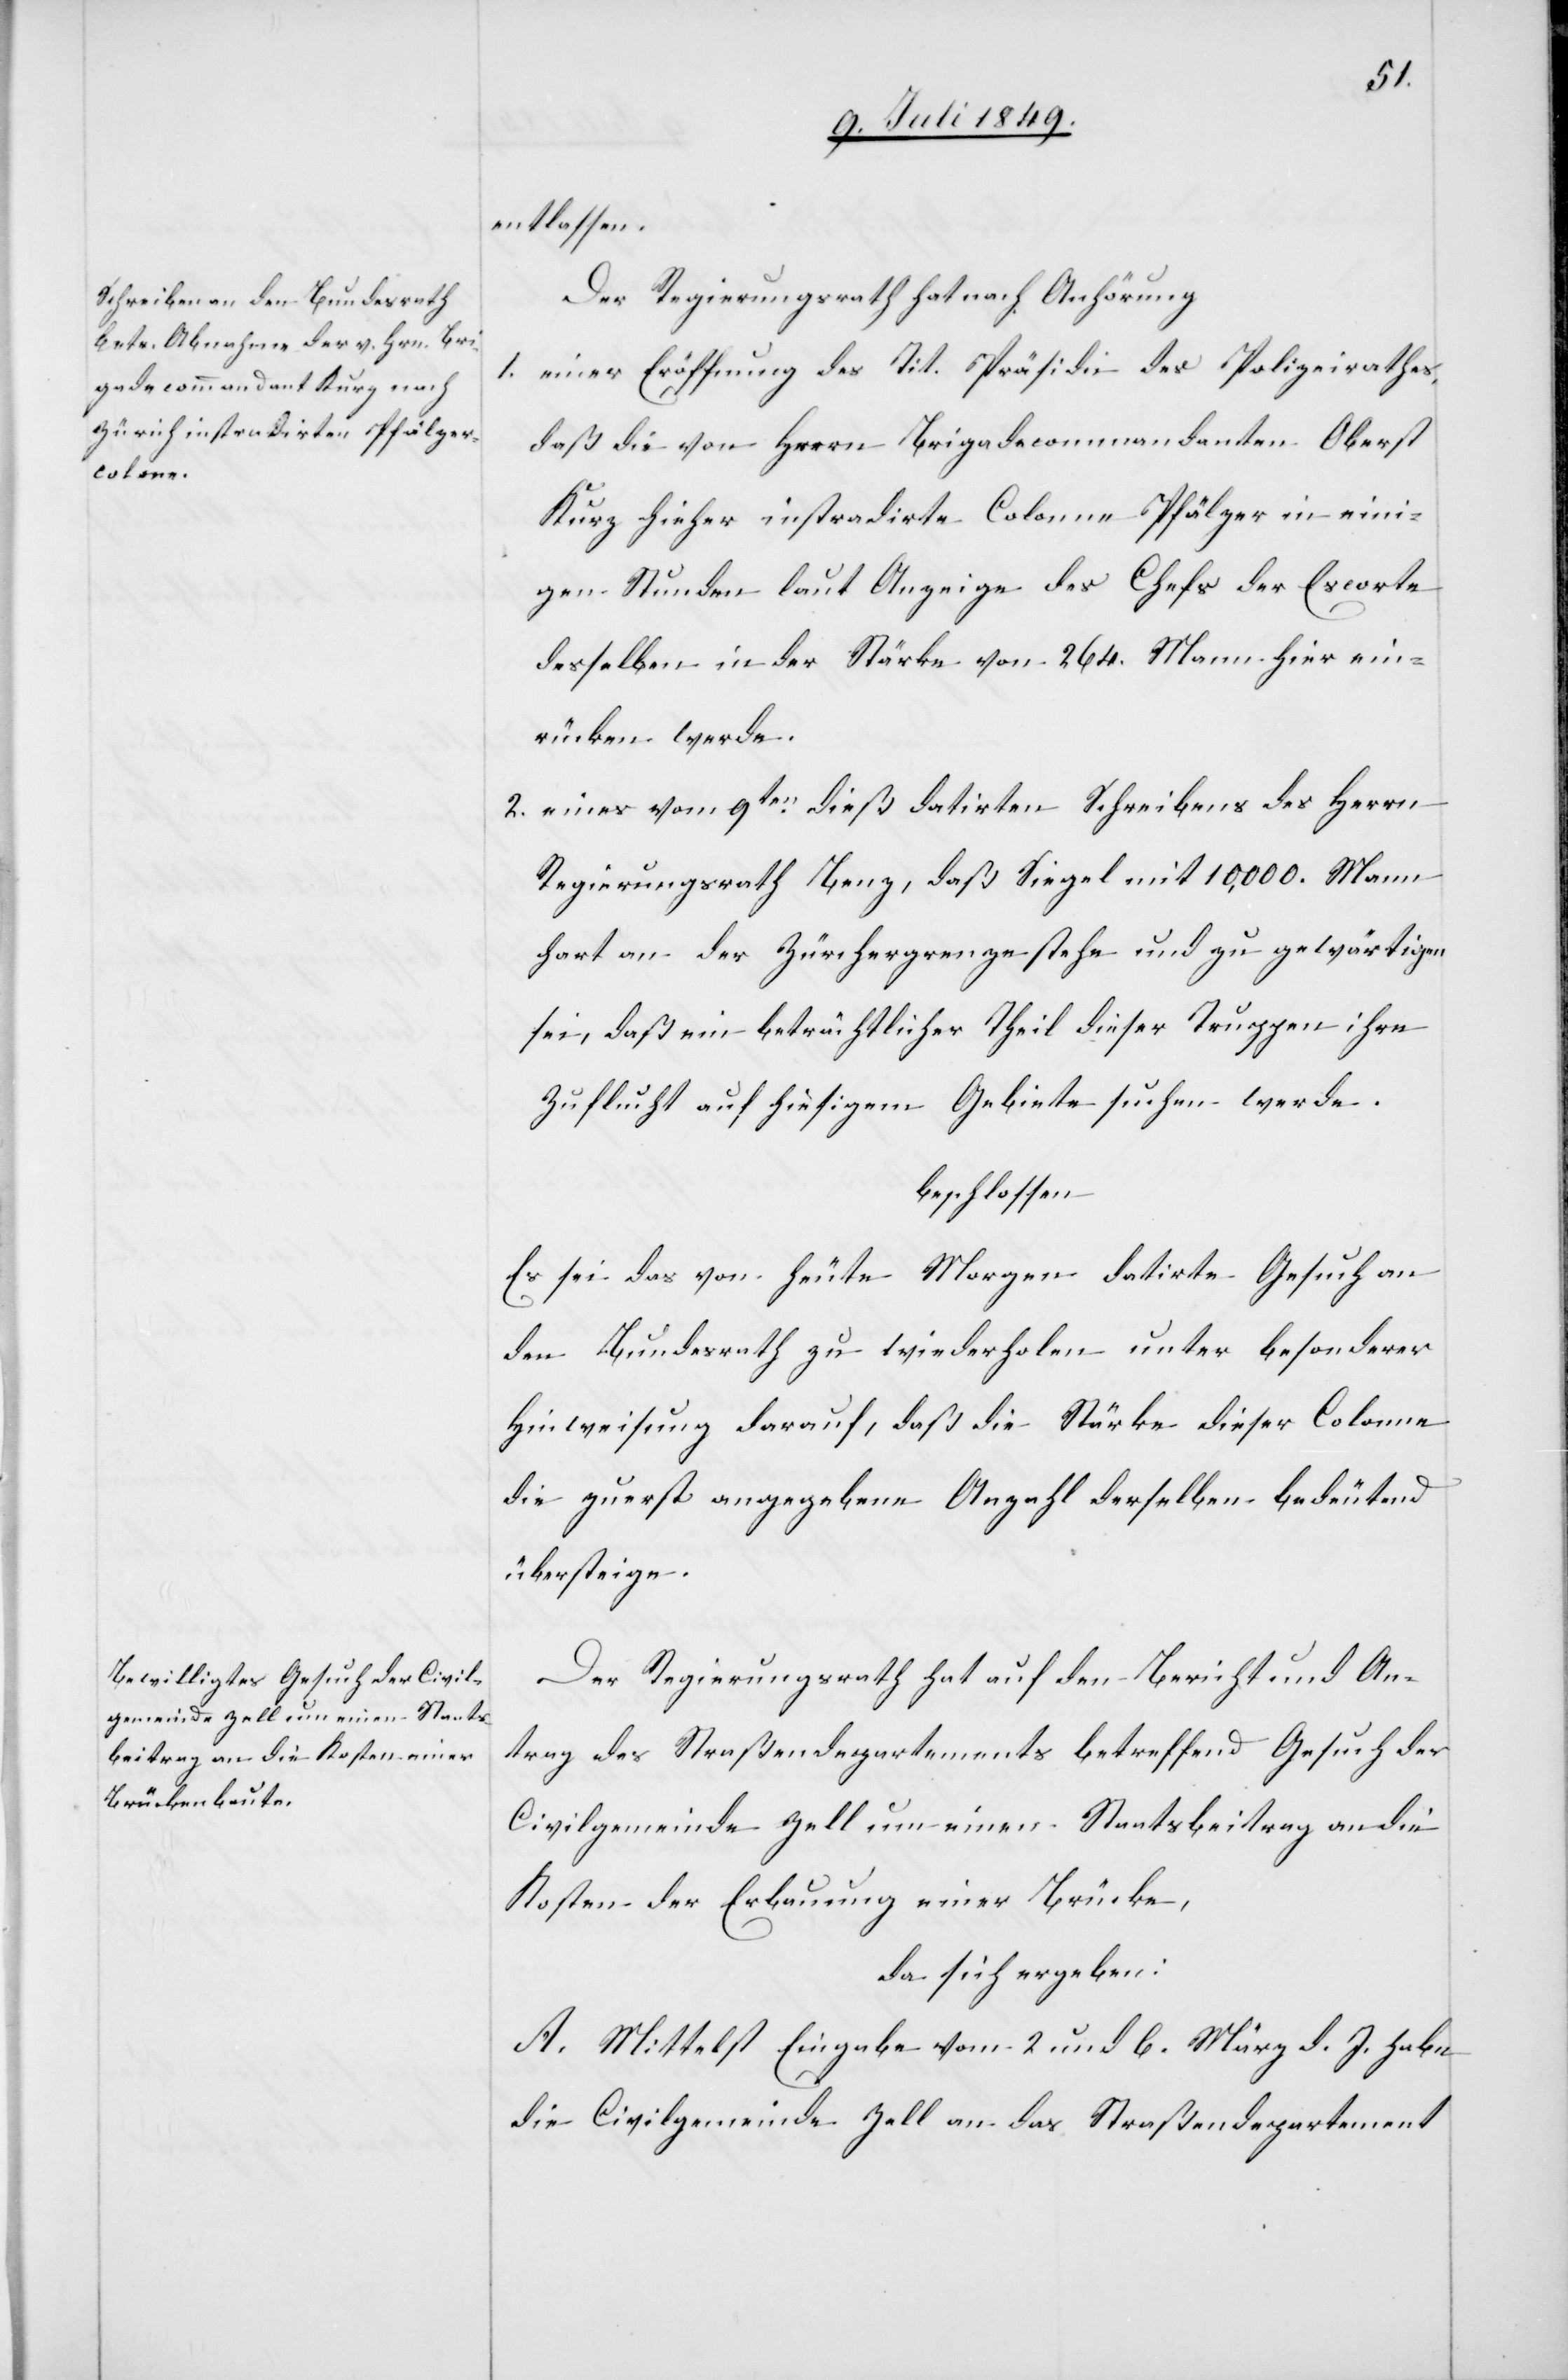
entlassen.
Der Regierungsrath hat nach Anhörung
1. einer Eröffnung des Tit. Präsidi des Polizeirathes,
daß die von Herrn Brigadecommandanten Oberst
Kurz hieher instradirte Colonne Pfälzer in eini¬
gen Stunden laut Anzeige des Chefs der Escorte
desselben in der Stärke von 264. Mann hier ein¬
rücken werde.
2. eines vom 9ten dieß datirten Schreibens des Herrn
Regierungsrath Benz, daß Siegel mit 10,000. Mann¬
hart an der Zürchergrenze stehe und zu gewärtigen
sei, daß ein beträchtlicher Theil dieser Truppen ihre
Zuflucht auf hiesigem Gebiete suchen werde.
beschlossen
Es sei das von heute Morgen datirte Gesuch an
den Bundesrath zu wiederholen unter besonderer
Hinweisung darauf, daß die Stärke dieser Colonne
die zuerst angegebene Anzahl derselben bedeutend
übersteige.
Der Regierungsrath hat auf den Bericht und An¬
trag des Straßendepartements betreffend Gesuch der
Civilgemeinde Zell um einen Staatsbeitrag an die
Kosten der Erbauung einer Brücke,
da sich ergeben:
A. Mittelst Eingabe vom 2. und 6. März d. J. habe
die Civilgemeinde Zell an das Straßendepartement